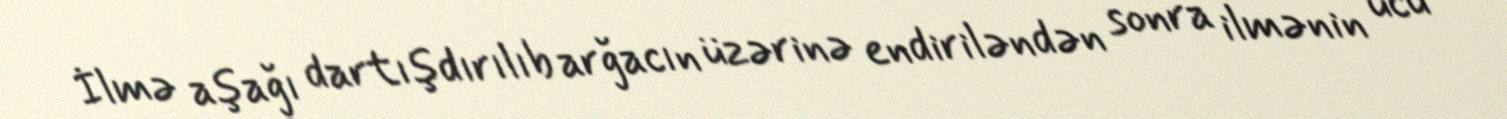
İlmə aşağı dartışdırılıb arğacın üzərinə endiriləndən sonra ilmənin ucu